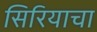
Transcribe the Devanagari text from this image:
सिरियाचा